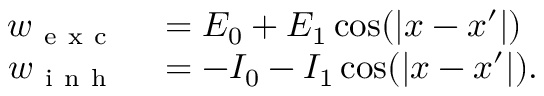
\begin{array} { r l } { w _ { \mathrm { ~ e ~ x ~ c ~ } } } & { { } = E _ { 0 } + E _ { 1 } \cos ( \lvert x - x ^ { \prime } \rvert ) } \\ { w _ { \mathrm { ~ i ~ n ~ h ~ } } } & { { } = - I _ { 0 } - I _ { 1 } \cos ( \lvert x - x ^ { \prime } \rvert ) . } \end{array}